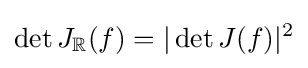
\det J_{\mathbb {R} }(f)=|\det J(f)|^{2}